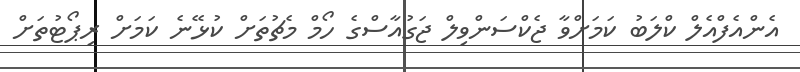
އެންއެފްއެލް ކްލަބު ކަމަށްވާ ޖެކްސަންވިލް ޖަގުއާސްގެ ހޯމް މެޗުތަށް ކުޅޭނެ ކަމަށް ރިޕޯޓުތަށް